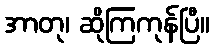
အာတု၊ ဆိုကြကုန်ပြီ။